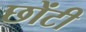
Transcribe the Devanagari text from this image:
छोंटी